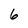
Character: 6